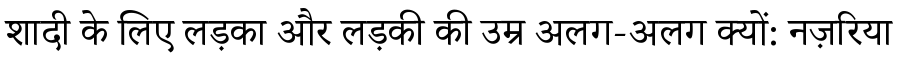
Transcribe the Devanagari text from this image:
शादी के लिए लड़का और लड़की की उम्र अलग-अलग क्‍यों: नज़रिया